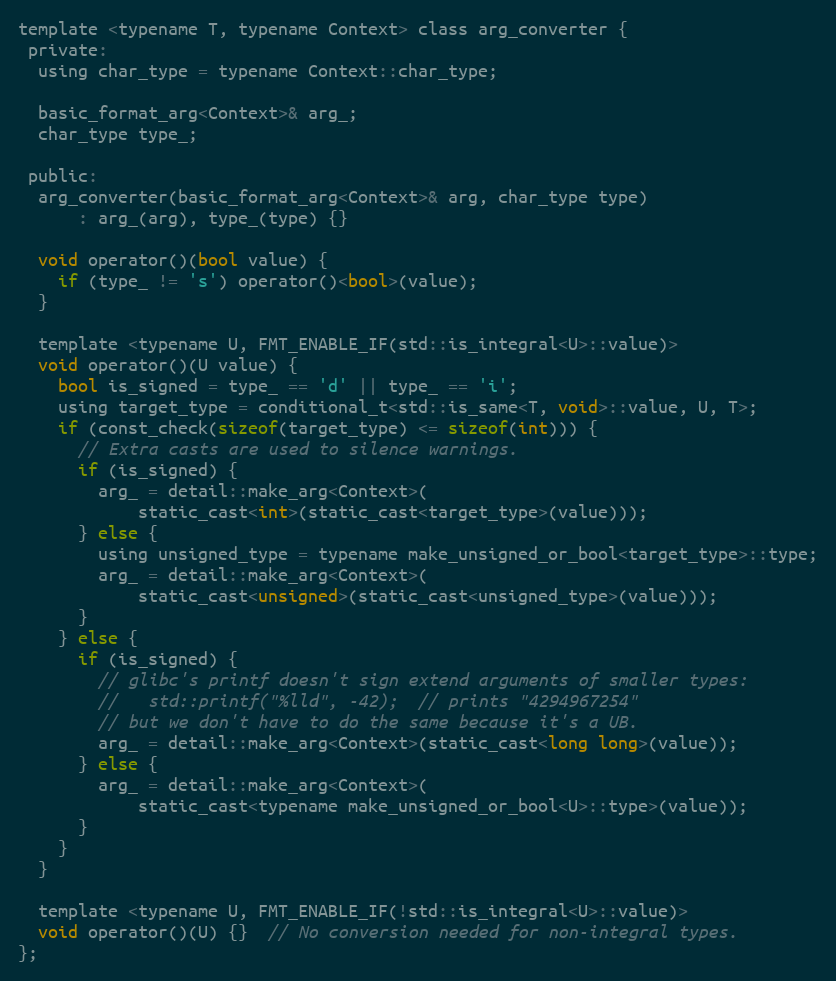
Language: C
template <typename T, typename Context> class arg_converter {
 private:
  using char_type = typename Context::char_type;

  basic_format_arg<Context>& arg_;
  char_type type_;

 public:
  arg_converter(basic_format_arg<Context>& arg, char_type type)
      : arg_(arg), type_(type) {}

  void operator()(bool value) {
    if (type_ != 's') operator()<bool>(value);
  }

  template <typename U, FMT_ENABLE_IF(std::is_integral<U>::value)>
  void operator()(U value) {
    bool is_signed = type_ == 'd' || type_ == 'i';
    using target_type = conditional_t<std::is_same<T, void>::value, U, T>;
    if (const_check(sizeof(target_type) <= sizeof(int))) {
      // Extra casts are used to silence warnings.
      if (is_signed) {
        arg_ = detail::make_arg<Context>(
            static_cast<int>(static_cast<target_type>(value)));
      } else {
        using unsigned_type = typename make_unsigned_or_bool<target_type>::type;
        arg_ = detail::make_arg<Context>(
            static_cast<unsigned>(static_cast<unsigned_type>(value)));
      }
    } else {
      if (is_signed) {
        // glibc's printf doesn't sign extend arguments of smaller types:
        //   std::printf("%lld", -42);  // prints "4294967254"
        // but we don't have to do the same because it's a UB.
        arg_ = detail::make_arg<Context>(static_cast<long long>(value));
      } else {
        arg_ = detail::make_arg<Context>(
            static_cast<typename make_unsigned_or_bool<U>::type>(value));
      }
    }
  }

  template <typename U, FMT_ENABLE_IF(!std::is_integral<U>::value)>
  void operator()(U) {}  // No conversion needed for non-integral types.
};